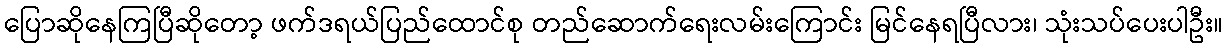
ပြောဆိုနေကြပြီဆိုတော့ ဖက်ဒရယ်ပြည်ထောင်စု တည်ဆောက်ရေးလမ်းကြောင်း မြင်နေရပြီလား၊ သုံးသပ်ပေးပါဦး။